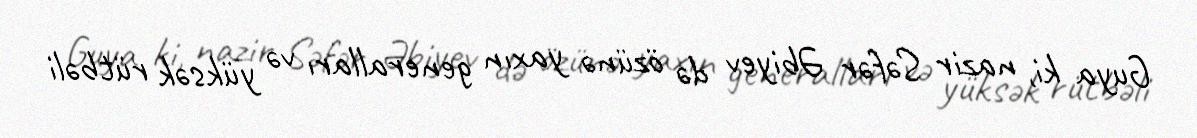
Guya ki, nazir Səfər Əbiyev də özünə yaxın generalları və yüksək rütbəli